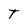
Character: T